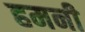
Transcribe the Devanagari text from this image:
हमनी